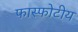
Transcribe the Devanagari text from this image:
फास्फोटीय